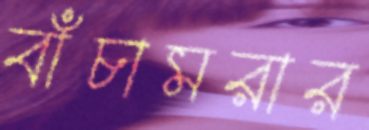
বাঁচামরার